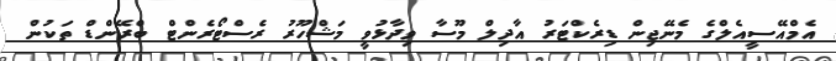
އެމްއޭސީއެލްގެ މެނޭޖިން ޑިރެކްޓަރު އާދިލް މޫސާ ވިދާޅުވީ މަޝްހޫރު ރެސްޓޯރެންޓް ބްރޭންޑް ތަކުން